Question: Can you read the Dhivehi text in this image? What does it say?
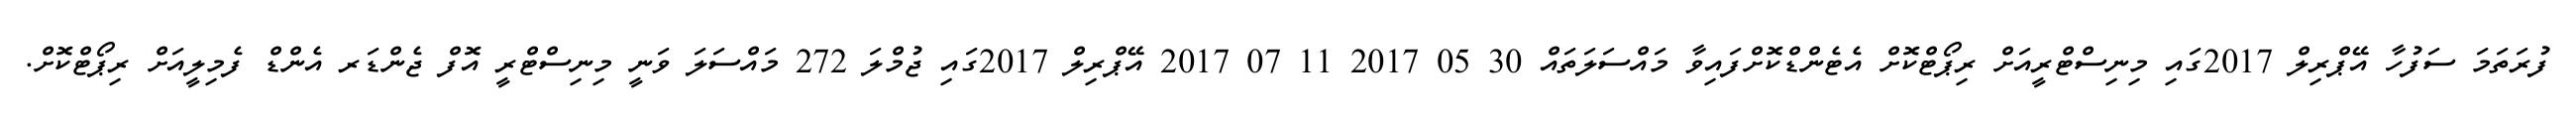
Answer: ފުރަތަމަ ސަފުހާ އޭޕްރިލް 2017ގައި މިނިސްޓްރީއަށް ރިޕޯޓްކޮށް އެޓެންޑްކޮށްފައިވާ މައްސަލަތައް 30 05 2017 11 07 2017 އޭޕްރިލް 2017ގައި ޖުމްލަ 272 މައްސަލަ ވަނީ މިނިސްޓްރީ އޮފް ޖެންޑަރ އެންޑް ފެމިލީއަށް ރިޕޯޓްކޮށް.